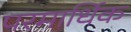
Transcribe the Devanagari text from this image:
परमार्धिक